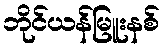
ဘိုင်ယန်မြူးနစ်